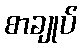
စာချုပ်